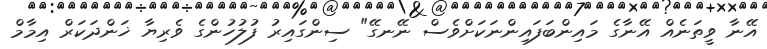
އޭނާ ވީތަނެއް އޭނާގެ މައިންބަފައިންނަކަށްވެސް ނޭނގޭ" ސިންގައިރު ފުލުހުންގެ ވެރިޔާ ޚަންދަކަރް އިމާމް